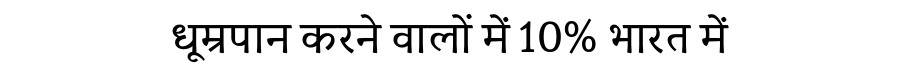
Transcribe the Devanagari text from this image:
धूम्रपान करने वालों में 10% भारत में